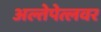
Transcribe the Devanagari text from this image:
अल्तेपेत्लवर